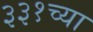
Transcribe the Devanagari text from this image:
३३१च्या